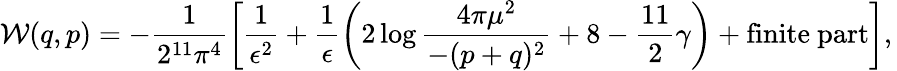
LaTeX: {\cal W}(q,p)=-\frac{1}{2^{11}\pi^{4}}\left[\frac{1}{\epsilon^{2}}+\frac{1}{\epsilon}\left(2\log\frac{4\pi\mu^{2}}{-(p+q)^{2}}+8-\frac{11}{2}\gamma\right)+\mathrm{finite~part}\right],\,